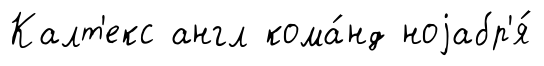
Калт'екс англ кома́нд ноjабр'я́